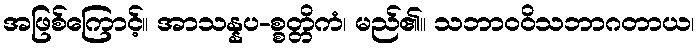
အဖြစ်ကြောင့်။ အာသန္နပ-စ္စတ္တိကံ၊ မည်၏။ သဘာဝဝိသဘာဂတာယ၊